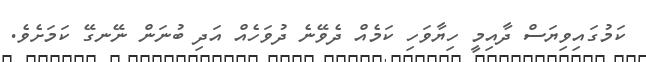
ކަމުގައިވިޔަސް ދާއިމީ ހިޔާވަހި ކަމެއް ދެވޭނެ ދުވަހެއް އަދި ބުނަން ނޭނގޭ ކަމަށެވެ.